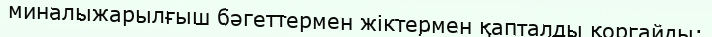
миналыжарылғыш бәгеттермен жіктермен қапталды қоргайды;